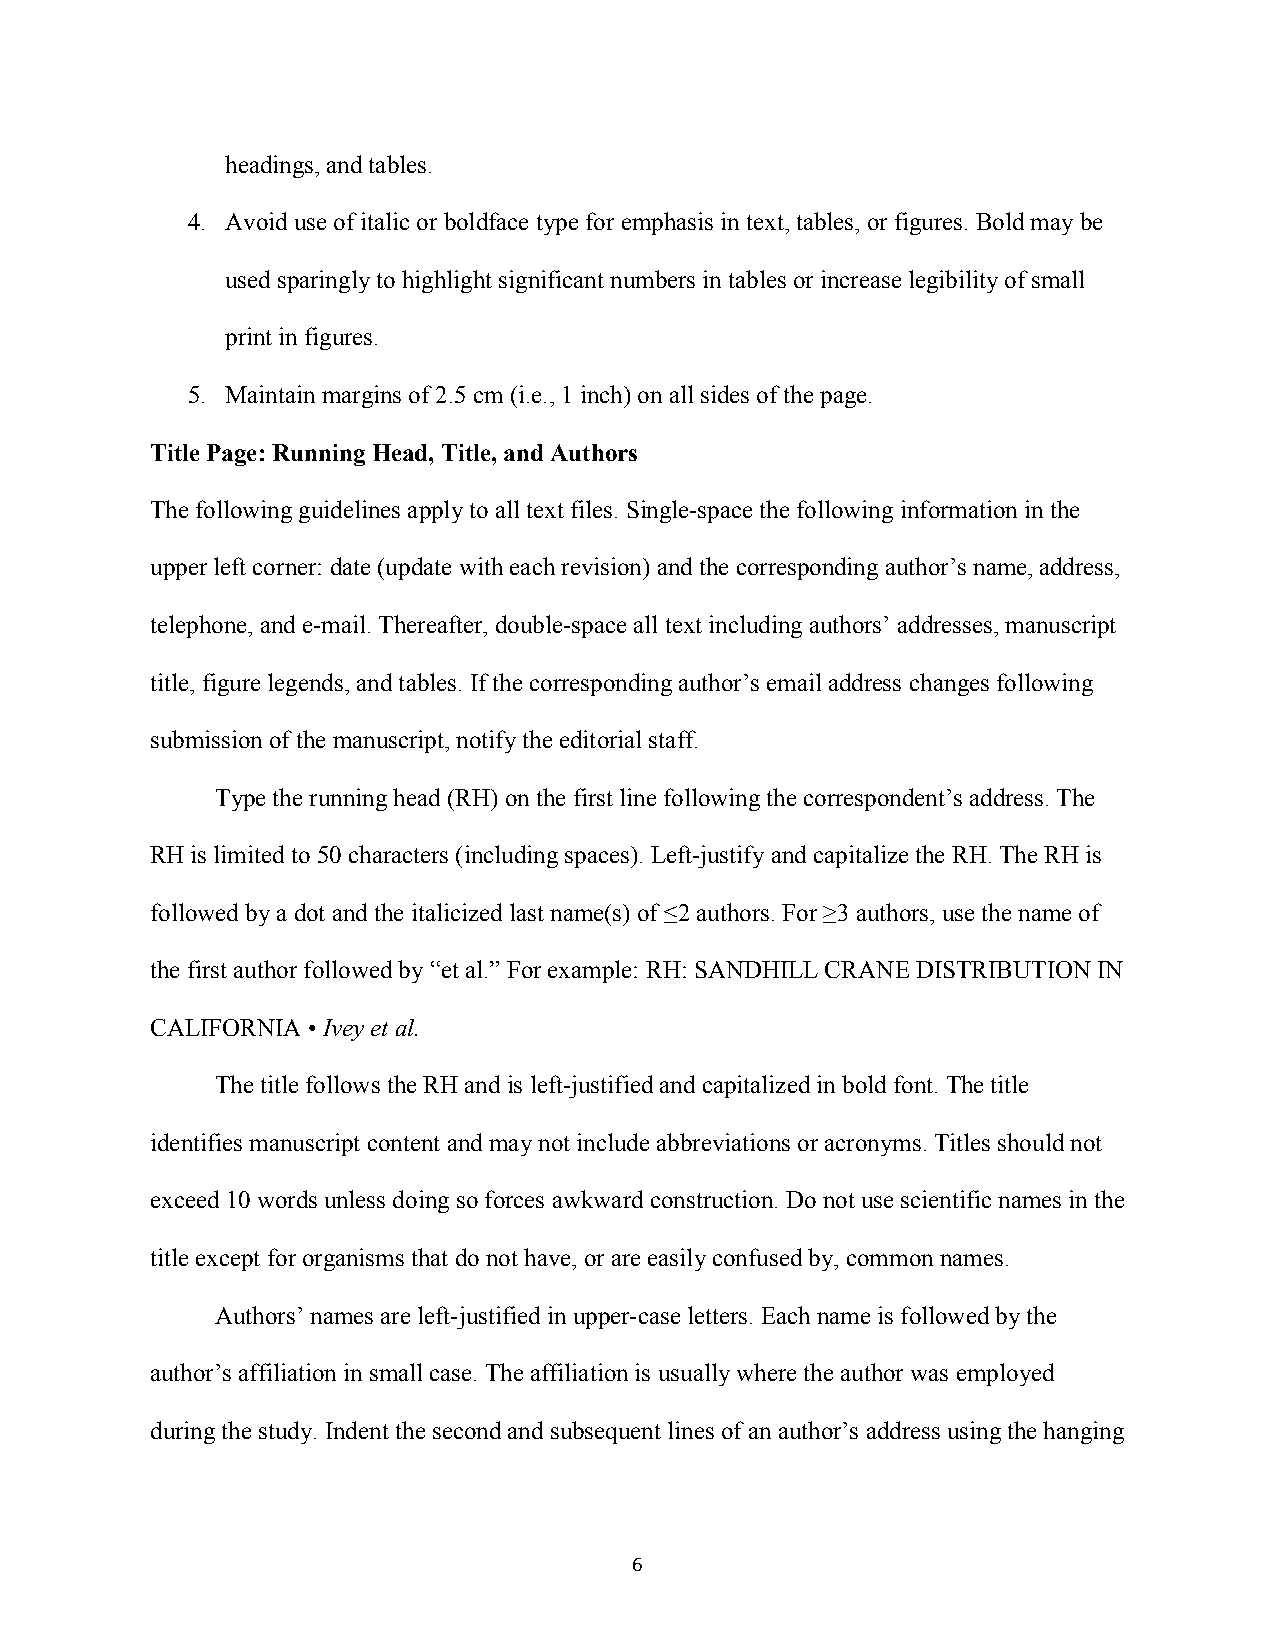
headings, and tables.
 4. Avoid use of italic or boldface type for emphasis in text, tables, or figures. Bold may be
 used sparingly to highlight significant numbers in tables or increase legibility of small
 print in figures.
 5. Maintain margins of 2.5 cm (i.e., 1 inch) on all sides of the page.
 Title Page: Running Head, Title, and Authors
 The following guidelines apply to all text files. Single-space the following information in the
 upper left corner: date (update with each revision) and the corresponding author’s name, address,
 telephone, and e-mail. Thereafter, double-space all text including authors’ addresses, manuscript
 title, figure legends, and tables. If the corresponding author’s email address changes following
 submission of the manuscript, notify the editorial staff.
 Type the running head (RH) on the first line following the correspondent’s address. The
 RH is limited to 50 characters (including spaces). Left-justify and capitalize the RH. The RH is
 followed by a dot and the italicized last name(s) of ≤2 authors. For ≥3 authors, use the name of
 the first author followed by “et al.” For example: RH: SANDHILL CRANE DISTRIBUTION IN
 CALIFORNIA • Ivey et al.
 The title follows the RH and is left-justified and capitalized in bold font. The title
 identifies manuscript content and may not include abbreviations or acronyms. Titles should not
 exceed 10 words unless doing so forces awkward construction. Do not use scientific names in the
 title except for organisms that do not have, or are easily confused by, common names.
 Authors’ names are left-justified in upper-case letters. Each name is followed by the
 author’s affiliation in small case. The affiliation is usually where the author was employed
 during the study. Indent the second and subsequent lines of an author’s address using the hanging
 6